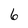
Character: 6